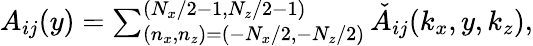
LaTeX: \begin{array}{r}{A_{ij}(y)=\sum_{(n_{x},n_{z})=(-N_{x}/2,-N_{z}/2)}^{(N_{x}/2-1,N_{z}/2-1)}\check{A}_{ij}(k_{x},y,k_{z}),}\end{array}